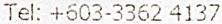
TEL: +603-3362 4137